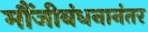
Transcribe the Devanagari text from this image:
मौंजीबंधनानंतर